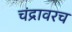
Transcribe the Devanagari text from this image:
चंद्रावरच